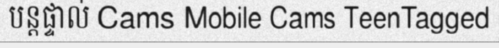
បន្តផ្ទាល់ Cams Mobile Cams TeenTagged